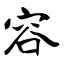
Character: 容